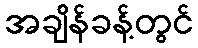
အချိန်ခန့်တွင်